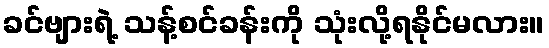
ခင်ဗျားရဲ့ သန့်စင်ခန်းကို သုံးလို့ရနိုင်မလား။